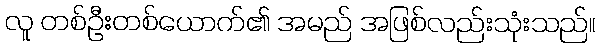
လူ တစ်ဦးတစ်ယောက်၏ အမည် အဖြစ်လည်းသုံးသည်။